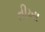
તીખા